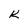
Character: K